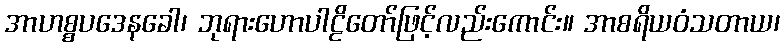
အာဟစ္စပဒေနခေါ၊ ဘုရားဟောပါဠိတော်ဖြင့်လည်းကောင်း။ အာစရိယဝံသတာယ၊